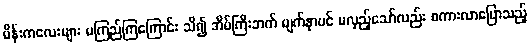
မိန်းကလေးများ မကြည်ကြကြောင်း သိ၍ အိမ်ကြီးဘက် မျက်နှာပင် မလှည့်သော်လည်း စကားလာပြောသည့်